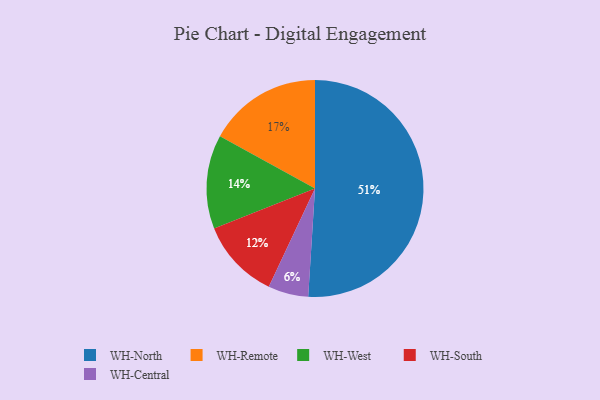
{"axis": {"x": "Category", "y": "Percentage"}, "legend": ["WH-Central", "WH-North", "WH-Remote", "WH-South", "WH-West"], "data": [{"x": "WH-Remote", "y": 17, "type": "WH-Remote"}, {"x": "WH-Central", "y": 6, "type": "WH-Central"}, {"x": "WH-West", "y": 14, "type": "WH-West"}, {"x": "WH-South", "y": 12, "type": "WH-South"}, {"x": "WH-North", "y": 51, "type": "WH-North"}]}